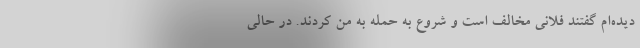
دیده‌ام گفتند فلانی مخالف است و شروع به حمله به من کردند. در حالی